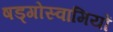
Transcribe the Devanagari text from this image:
षड्गोस्वामियों